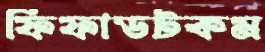
ফিফাডটকম